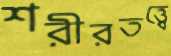
শরীরতত্ত্বে